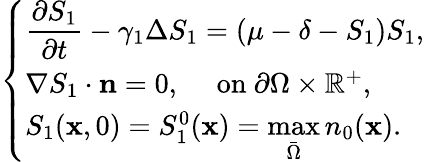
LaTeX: \left\{ \begin{array}{ll}{\displaystyle\frac{\partial S_{1}}{\partial t}-\gamma_{1}\Delta S_{1}=(\mu-\delta-S_{1})S_{1},}\\ {\nabla S_{1}\cdot\mathbf n=0,\quad\mathrm{~on~}\partial\Omega\times\mathbb R^{+},}\\ {S_{1}(\mathbf x,0)=S_{1}^{0}(\mathbf x)=\displaystyle\operatorname*{max}_{\bar{\Omega}}n_{0}(\mathbf x).}\end{array}\right.